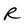
Character: R